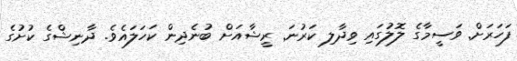
ފަހަރަށް